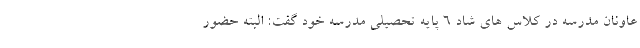
عاونان مدرسه در کلاس های شاد ۶ پایه تحصیلی مدرسه خود گفت: البته حضور